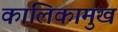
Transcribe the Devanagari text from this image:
कालिकामुख